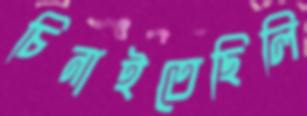
চিনাইতেছিলি